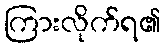
ကြားလိုက်ရ၏